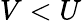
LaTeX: V<U